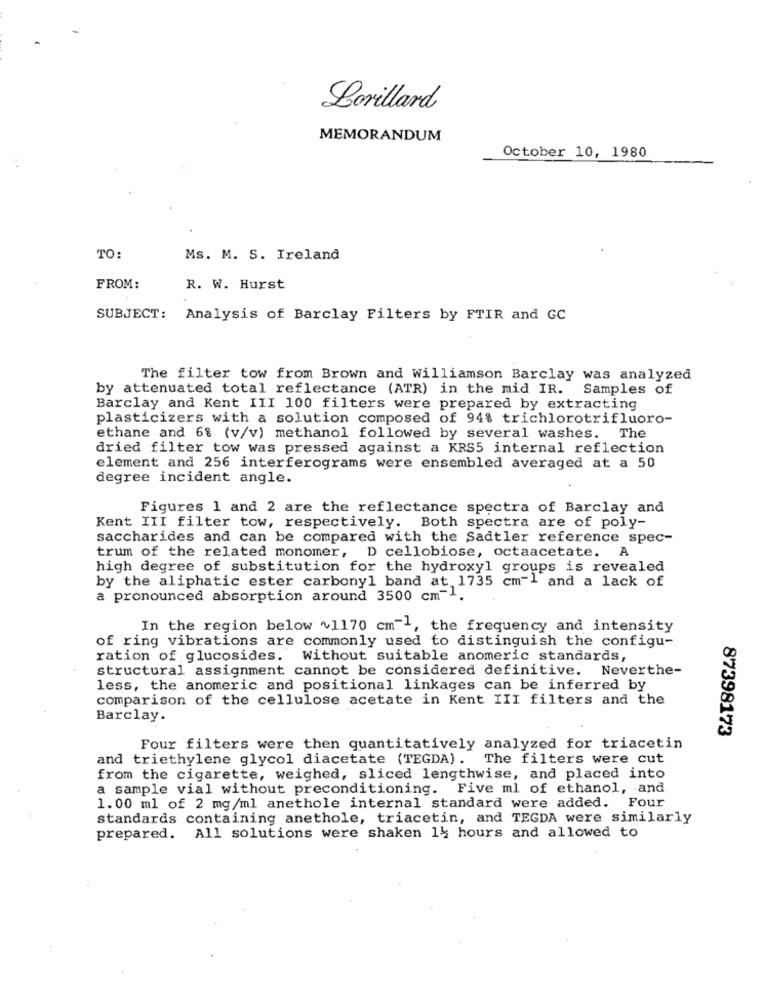
Lorillard
MEMORANDUM
October 10, 1980
TO:
Ms. M. S. Ireland
FROM:
R. W. Hurst
SUBJECT: Analysis of Barclay Filters by FTIR and GC
The filter tow from Brown and Williamson Barclay was analyzed
by attenuated total reflectance (ATR) in the mid IR. Samples of
Barclay and Kent III 100 filters were prepared by extracting
plasticizers with a solution composed of 94% trichlorotrifluoro-
ethane and 6% (v/v) methanol followed by several washes. The
dried filter tow was pressed against a KRS5 internal reflection
element and 256 interferograms were ensembled averaged at a 50
degree incident angle.
Figures 1 and 2 are the reflectance spectra of Barclay and
Kent III filter tow, respectively. Both spectra are of poly-
saccharides and can be compared with the Sadtler reference spec-
trum of the related monomer, D cellobiose, octaacetate. A
high degree of substitution for the hydroxyl groups is revealed
by the aliphatic ester carbonyl band at 1735 cm-1 and a lack of
a pronounced absorption around 3500 cm-1.
In the region below ~1170 cm"1, the frequency and intensity
of ring vibrations are commonly used to distinguish the configu-
ration of glucosides. Without suitable anomeric standards,
structural assignment cannot be considered definitive. Neverthe-
less, the anomeric and positional linkages can be inferred by
comparison of the cellulose acetate in Kent III filters and the
Barclay.
87398173
Four filters were then quantitatively analyzed for triacetin
and triethylene glycol diacetate (TEGDA). The filters were cut
from the cigarette, weighed, sliced lengthwise, and placed into
a sample vial without preconditioning. Five ml of ethanol, and
1.00 ml of 2 mg/ml anethole internal standard were added. Four
standards containing anethole, triacetin, and TEGDA were similarly
prepared.
All solutions were shaken 14 hours and allowed to